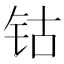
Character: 钴